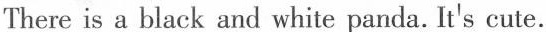
There is a black and white panda.It's cute.